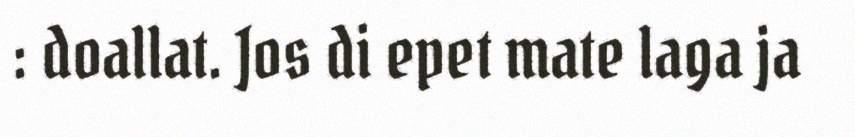
: doallat. Jos di epet mate laga ja